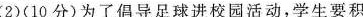
(2)(10分)为了倡导足球进校园活动，学生要积